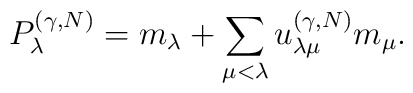
P_{\lambda}^{(\gamma,N)} =  m_{\lambda} + \sum_{\mu < \lambda} u_{\lambda\mu}^{(\gamma,N)} m_{\mu}.